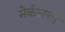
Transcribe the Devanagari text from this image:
मेर्कलची